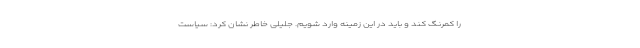
را کمرنگ کند و باید در این زمینه وارد شویم. جلیلی خاطر نشان کرد: سیاست